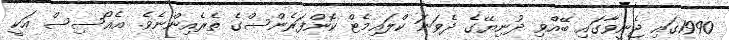
1990ގައި ޖެނީވާގައި ބޭއްވި ދުނިޔޭގެ ދެވަނަ ކްލައިމެޓް ކޮންފަރެންސްގެ ތެރެއިންނެވެ. އެއޯސިސް އަކީ